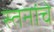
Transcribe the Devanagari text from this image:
स्तनांचे